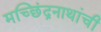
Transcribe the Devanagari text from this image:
मच्छिंद्रनाथांची